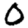
Digit: 0